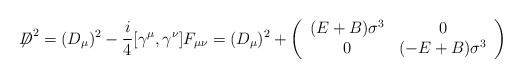
\begin{align*}{\not\!\! D}^{2} = (D_\mu)^2 -\frac{i}{4} [\gamma^\mu,\gamma^\nu]F_{\mu \nu} = (D_\mu)^2 + \left( \begin{array}{cc} (E + B)\sigma^3 & 0\\0 & (-E + B)\sigma^3 \end{array} \right)\end{align*}